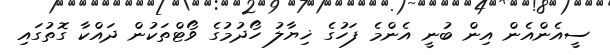
ސީއެންއެން އިން ބުނީ އެންމެ ފަހުގެ ޚިޔާލު ހޯދުމުގެ ވޯޓްތަކުން ދައްކާ ގޮތުގައި